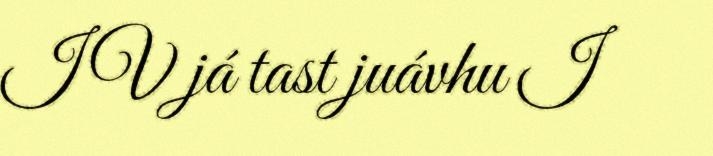
IV já tast juávhu I